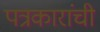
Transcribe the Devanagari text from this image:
पत्रकारांची